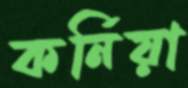
কর্নিয়া